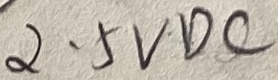
Text: 2.5VDC